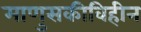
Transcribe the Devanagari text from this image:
माणुसकीविहीन